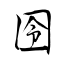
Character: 囹